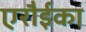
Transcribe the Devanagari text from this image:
एरौईका